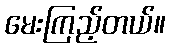
မေးကြည့်တယ်။